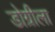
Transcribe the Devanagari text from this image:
डोग्रीला